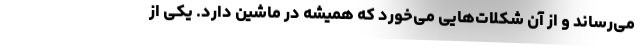
می‌رساند و از آن شکلات‌هایی می‌‌خورد که همیشه در ماشین دارد. یکی از